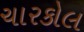
ચારકોલ